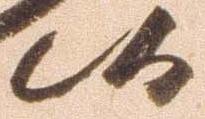
候